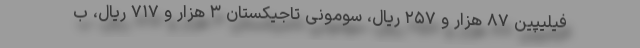
فیلیپین ۸۷ هزار و ۲۵۷ ریال، سومونی تاجیکستان ۳ هزار و ۷۱۷ ریال، ب